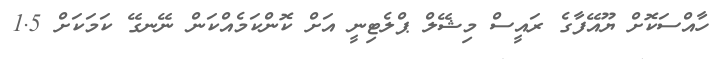
ހާއްސަކޮށް ޔޫއޭފާގެ ރައީސް މިޝޭލް ޕްލެޓިނީ އަށް ކޮންކަމެއްކަން ނޭނގޭ ކަމަކަށް 1.5